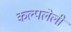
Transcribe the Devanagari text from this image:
कल्पलेली